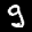
Label: 9